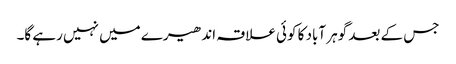
جس کے بعد گوہر آباد کا کوئی علاقہ اندھیرے میں نہیں رہے گا۔